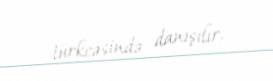
türkcəsində danışılır.